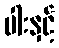
ပါးနှင့်